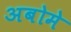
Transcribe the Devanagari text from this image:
अबोमे